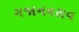
ગજાનનરાવ